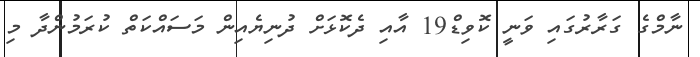
ނާމްގެ ގަރާރުގައި ވަނީ ކޮވިޑް19 އާއި ދެކޮޅަށް ދުނިޔެއިން މަސައްކަތް ކުރަމުންދާ މި